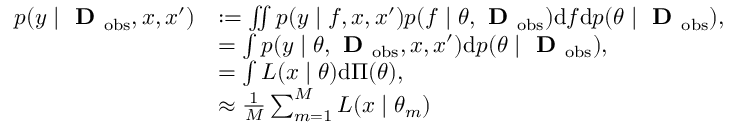
\begin{array} { r l } { p ( y \mid \textbf { D } _ { \mathrm { o b s } } , x , x ^ { \prime } ) } & { : = \iint p ( y \mid f , x , x ^ { \prime } ) p ( f \mid \theta , \textbf { D } _ { \mathrm { o b s } } ) \mathrm { d } f \mathrm { d } p ( \theta \mid \textbf { D } _ { \mathrm { o b s } } ) , } \\ & { = \int p ( y \mid \theta , \textbf { D } _ { \mathrm { o b s } } , x , x ^ { \prime } ) \mathrm { d } p ( \theta \mid \textbf { D } _ { \mathrm { o b s } } ) , } \\ & { = \int L ( x \mid \theta ) \mathrm { d } \Pi ( \theta ) , } \\ & { \approx \frac { 1 } { M } \sum _ { m = 1 } ^ { M } L ( x \mid \theta _ { m } ) } \end{array}